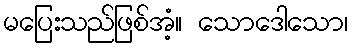
မပြေးသည်ဖြစ်အံ့။ သောဒေါသော၊